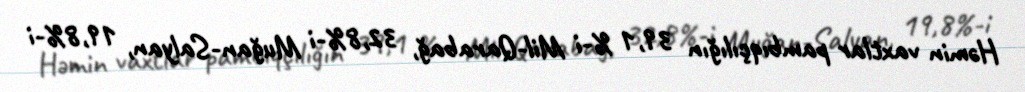
Həmin vaxtlar pambıqçılığın 39,1 %-i Mil-Qarabağ, 32,8%-i Muğan-Salyan, 19,8%-i